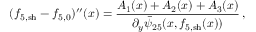
( f _ { 5 , \mathrm { s h } } - { f } _ { 5 , 0 } ) ^ { \prime \prime } ( x ) = \frac { A _ { 1 } ( x ) + A _ { 2 } ( x ) + A _ { 3 } ( x ) } { \partial _ { y } \bar { \psi } _ { 2 5 } ( x , f _ { 5 , \mathrm { s h } } ( x ) ) } \, ,